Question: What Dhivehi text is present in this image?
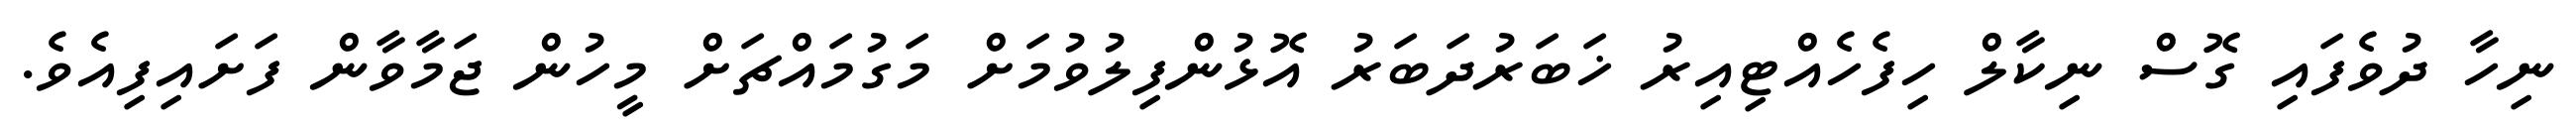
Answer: ނިހާ ދުވެފައި ގޮސް ނިކާލް ހިފެހެއްޓިއިރު ޚަބަރުދަބަރު އޮޅުންފިލުވުމަށް މަގުމައްޗަށް މީހުން ޖަމާވާން ފަށައިފިއެވެ.